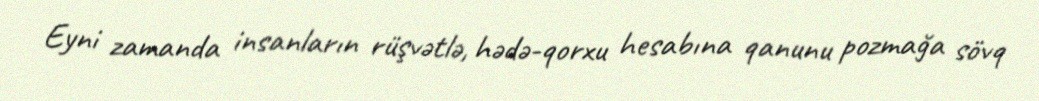
Eyni zamanda insanların rüşvətlə, hədə-qorxu hesabına qanunu pozmağa sövq